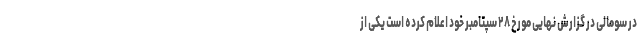
در سومالی در گزارش نهایی مورخ ۲۸ سپتامبر خود اعلام کرده است یکی از